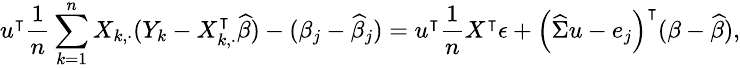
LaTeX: \small{u^{\intercal}\frac{1}{n}\sum_{k=1}^{n}X_{k,\cdot}(Y_{k}-X_{k,\cdot}^{\intercal}\widehat{\beta})}-(\beta_{j}-\widehat{\beta}_{j})={u^{\intercal}\frac{1}{n}X^{\intercal}\epsilon}+{\left(\widehat{\Sigma}u-e_{j}\right)^{\intercal}(\beta-\widehat{\beta})},